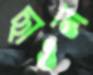
ছাওল